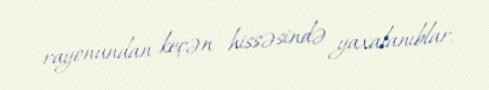
rayonundan keçən hissəsində yaxalanıblar.